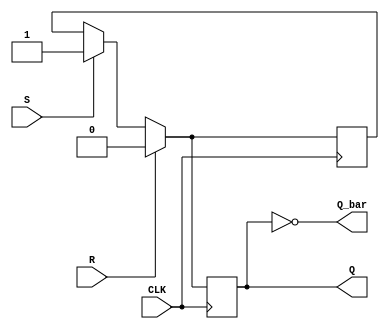
module sr_ff (
    input S, // Set input
    input R, // Reset input
    input CLK, // Clock input
    output reg Q, // Output state
    output reg Q_bar // Complement of the output state
);

reg master_latch;
reg slave_latch;

always @(posedge CLK) begin
    if (R) begin
        master_latch <= 1'b0;
    end else if (S) begin
        master_latch <= 1'b1;
    end
end

always @(posedge CLK) begin
    if (R) begin
        slave_latch <= 1'b0;
    end else if (S) begin
        slave_latch <= 1'b1;
    end else begin
        slave_latch <= master_latch;
    end
end

assign Q = slave_latch;
assign Q_bar = ~slave_latch;

endmodule